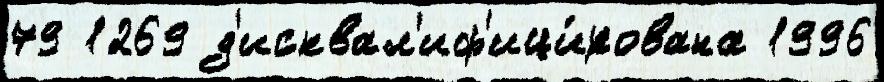
79 1269 д'исквал'иф'ици́рована 1996